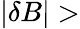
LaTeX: |\delta B|>